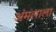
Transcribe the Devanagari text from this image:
अंमलाला